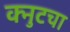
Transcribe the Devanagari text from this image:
क्नुटचा